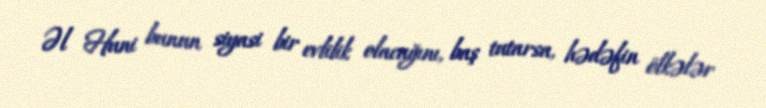
Əl Huni bunun siyasi bir evlilik olacağını, baş tutarsa, hədəfin ölkələr